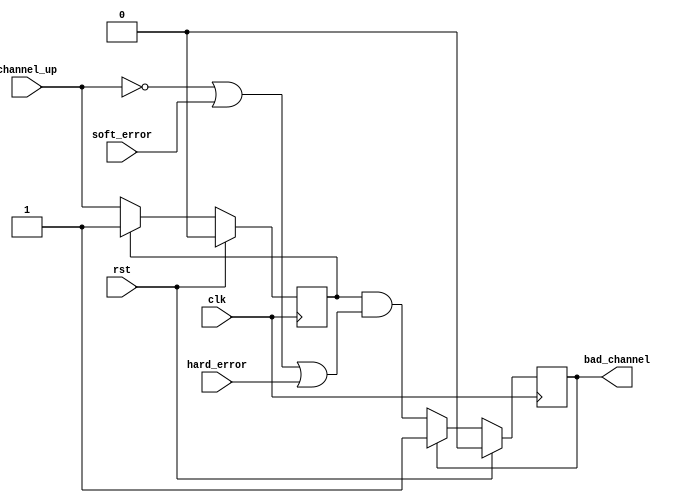
`timescale 1ns / 1ps
//////////////////////////////////////////////////////////////////////////////////
// Company: 
// Engineer: 
// 
// Design Name: 
// Module Name:    bad_ch_detect 
// Project Name: 
// Target Devices: 
// Tool versions: 
// Description: 
//
// Dependencies: 
//
// Revision: 
// Revision 0.01 - File Created
// Additional Comments: 
//
//////////////////////////////////////////////////////////////////////////////////
module bad_ch_detect(
		input rst,
		input clk,
		input channel_up,
		input soft_error,
		input hard_error,
		output bad_channel
    );

reg bc_reg;
reg cu_reg;

always@(posedge clk) begin
	if(rst)
		cu_reg<=1'b0;
	else if(cu_reg==1'b0)
		cu_reg<=channel_up;
	else
		cu_reg<=cu_reg;
end

always@(posedge clk) begin
	if(rst)
		bc_reg<=1'b0;
	else if(bc_reg==1'b0)
		bc_reg<=(cu_reg & ((~channel_up)|soft_error|hard_error));
	else
		bc_reg<=bc_reg;
end

assign bad_channel=bc_reg;

endmodule